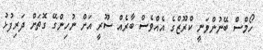
ހޯމްސް ބޭނުންވަނީ ކްރޫޒްގެ އެއްވެސް ބާރެއް ސޫރީ އަށް ނުހިންގޭ ގޮތަށް ދަރިފުޅު